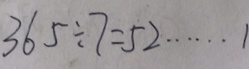
3 6 5 \div 7 = 5 2 \cdots 1